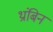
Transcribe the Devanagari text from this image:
थ्रांबिन